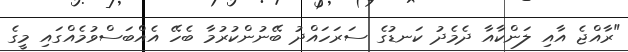
"ރާއްޖެ އާއި ލަންކާއާ ދެމެދު ކަނޑުގެ ސަރަހައްދު ބޭނުންކުރުމާ ބެހޭ އެއްބަސްވުމެއްގައި މީގެ